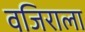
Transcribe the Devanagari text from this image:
वजिराला